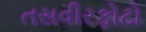
તસવીરફોટો